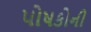
પોષકોની